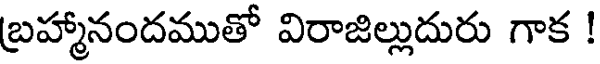
బ్రహ్మానందముతో విరాజిల్లుదురు గాక !